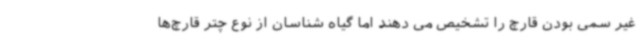
غیر سمی بودن قارچ را تشخیص می دهند اما گیاه شناسان از نوع چتر قارچ‌ها